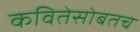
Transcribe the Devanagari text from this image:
कवितेसोबतच